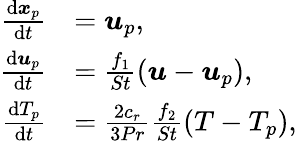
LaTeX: \begin{array}{rl}{\frac{\mathrm{d}\boldsymbol{x}_{p}}{\mathrm{d}t}}&{=\boldsymbol{u}_{p},}\\ {\frac{\mathrm{d}\boldsymbol{u}_{p}}{\mathrm{d}t}}&{=\frac{f_{1}}{St}\left(\boldsymbol{u}-\boldsymbol{u}_{p}\right),}\\ {\frac{\mathrm{d}T_{p}}{\mathrm{d}t}}&{=\frac{2c_{r}}{3Pr}\frac{f_{2}}{St}\left(T-T_{p}\right),}\end{array}